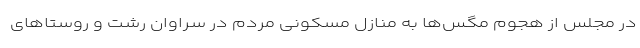
در مجلس از هجوم مگس‌ها به منازل مسکونی مردم در سراوان رشت و روستاهای